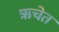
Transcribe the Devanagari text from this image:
ऋचेत